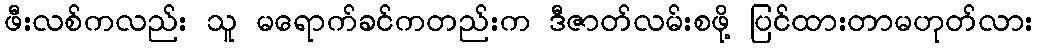
ဖီးလစ်ကလည်း သူ မရောက်ခင်ကတည်းက ဒီဇာတ်လမ်းစဖို့ ပြင်ထားတာမဟုတ်လား